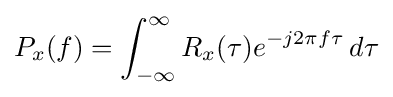
P_{x}(f)=\int _{-\infty }^{\infty }R_{x}(\tau )e^{-j2\pi f\tau }\,d\tau